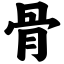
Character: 骨